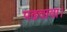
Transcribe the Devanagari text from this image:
पढवावा।